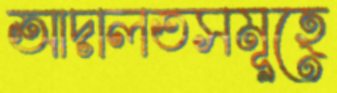
আদালতসমূহে